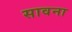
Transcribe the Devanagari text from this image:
सावना